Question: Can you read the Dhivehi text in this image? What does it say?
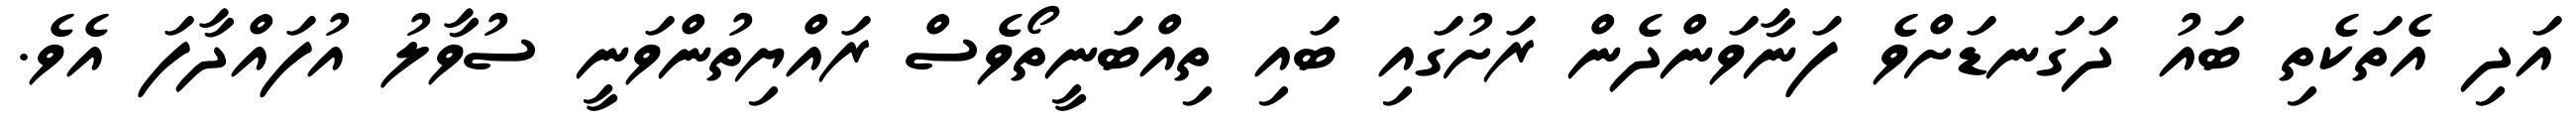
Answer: އަދި އެތަކެތި ބައު ދަގަނޑަށްވެ ފަނާވަންދެން ރަށުގައި ބައި ތިއްބަނީތޯވެސް ރައްޔިތުންވަނީ ސުވާލު އުފައްދާފަ އެވެ.